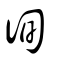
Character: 徇